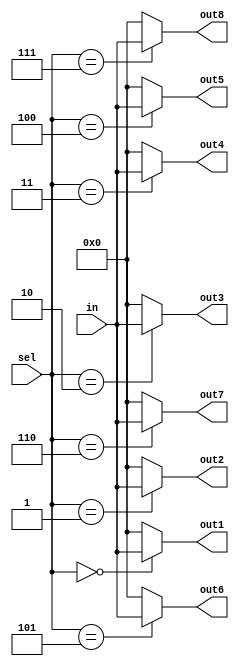
module demux(in, sel, out1, out2, out3, out4, out5, out6, out7, out8);

    input [3:0] in;
    input [2:0] sel;
    output [3:0] out1, out2, out3, out4, out5, out6, out7, out8;

    assign out1 = (sel == 3'b000) ? in : 4'b0;
    assign out2 = (sel == 3'b001) ? in : 4'b0;
    assign out3 = (sel == 3'b010) ? in : 4'b0;
    assign out4 = (sel == 3'b011) ? in : 4'b0;
    assign out5 = (sel == 3'b100) ? in : 4'b0;
    assign out6 = (sel == 3'b101) ? in : 4'b0;
    assign out7 = (sel == 3'b110) ? in : 4'b0;
    assign out8 = (sel == 3'b111) ? in : 4'b0;

endmodule